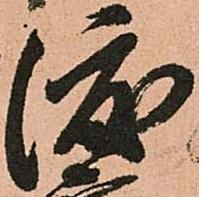
渡